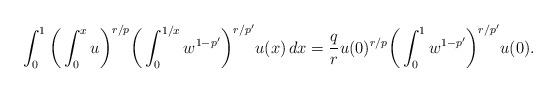
LaTeX: \begin{align*}\int_0^1\bigg(\int_0^xu\bigg)^{r/p}\bigg(\int_0^{1/x} w^{1-p'}\bigg)^{r/p'}u(x)\,dx=\frac qr u(0)^{r/p}\bigg(\int_0^1 w^{1-p'}\bigg)^{r/p'}u(0).\end{align*}